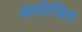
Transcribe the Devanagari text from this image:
आयॊजित